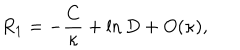
R _ { 1 } = - { \frac { C } { \kappa } } + \ln D + O ( \kappa ) ,